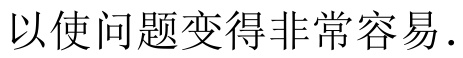
以使问题变得非常容易．